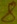
Text: 8